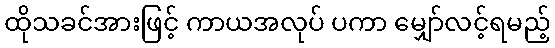
ထိုသခင်အားဖြင့် ကာယအလုပ် ပကာ မျှော်လင့်ရမည့်